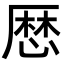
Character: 厯